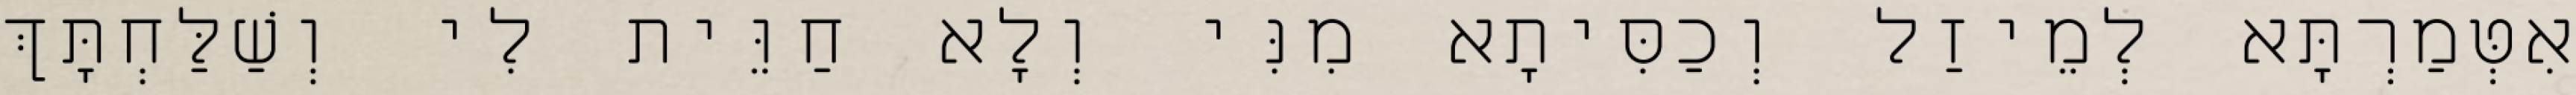
אִטְּמַרְתָּא לְמֵיזַל וְכַסִּיתָא מִנִּי וְלָא חַוֵּית לִי וְשַׁלַּחְתָּךְ